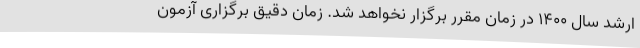
ارشد سال 1400 در زمان مقرر برگزار نخواهد شد. زمان دقیق برگزاری آزمون